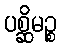
ပစ္ဆိမဉ္စ